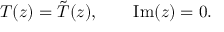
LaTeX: T ( z ) = \tilde { T } ( z ) , \qquad \mathrm { I m } ( z ) = 0 .